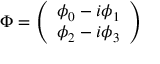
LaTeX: \Phi = \left( \begin{array} { c } { { \phi _ { 0 } - i \phi _ { 1 } } } \\ { { \phi _ { 2 } - i \phi _ { 3 } } } \end{array} \right)